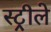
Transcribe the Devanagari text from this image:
स्ट्रीले